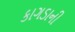
કાગડાની